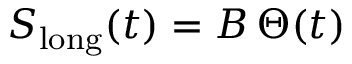
S _ { \mathrm { l o n g } } ( t ) = B \, \Theta ( t )